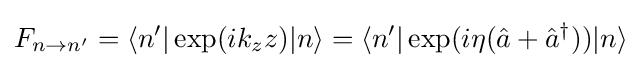
F_{n\rightarrow n^{\prime }}=\langle n^{\prime }\vert \exp(ik_{z}z)\vert n\rangle =\langle n^{\prime }\vert \exp(i\eta ({\hat {a}}+{\hat {a}}^{\dagger }))\vert n\rangle